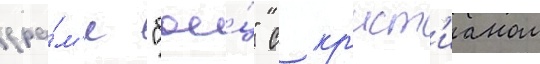
дра́м'е "бое́ц" с кр'ист'ианом